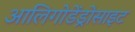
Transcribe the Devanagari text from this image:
आलिगोडेंड्रोसाइट